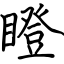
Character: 瞪